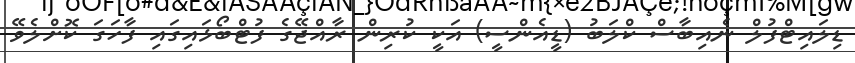
ޑިލައިޓްފުލް ނެއިބާސް ކްލަބު (ޑީއެންސީ) އަކީ ކުރިން ރާއްޖޭގެ ފުޓްބޯޅައިގައި ފާހަގަ ކޮށްލެވޭ